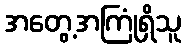
အတွေ့အကြုံရှိသူ